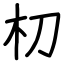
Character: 朷